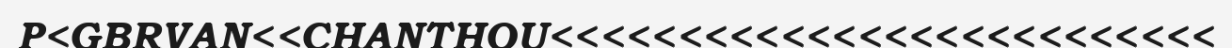
P<GBRVAN<<CHANTHOU<<<<<<<<<<<<<<<<<<<<<<<<<<